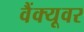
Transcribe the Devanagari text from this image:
वैंक्यूवर